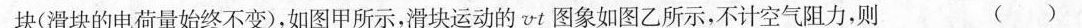
块(滑块的电荷量始终不变)，如图甲所示，滑块运动的vt图象如图乙所示，不计空气阻力，则 ( )